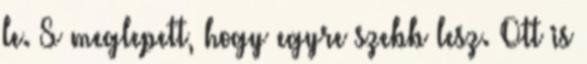
le. S meglepett, hogy egyre szebb lesz. Ott is